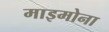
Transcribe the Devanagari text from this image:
माइमोना